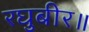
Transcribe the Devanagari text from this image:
रघुबीर॥